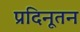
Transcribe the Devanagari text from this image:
प्रदिनूतन